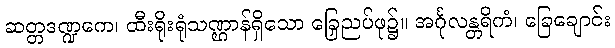
ဆတ္တဒဏ္ဍကေ၊ ထီးရိုးရုံသဏ္ဌာန်ရှိသော ခြေညှပ်ဖု၌။ အင်္ဂုလန္တရိကံ၊ ခြေချောင်း